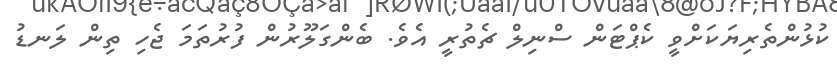
ކުޅުންތެރިޔަކަށްވީ ކެޕްޓަން ސްނިލް ޗެތުރީ އެވެ. ބެންގަލޫރުން ފުރުތަމަ ޖެހި ތިން ލަނޑު